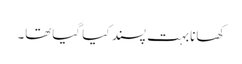
کھانابہت پسند کیا گیاتھا۔